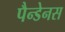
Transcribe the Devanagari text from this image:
पैन्डेनस